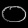
Digit: ၀